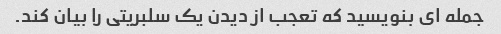
جمله ای بنویسید که تعجب از دیدن یک سلبریتی را بیان کند.